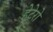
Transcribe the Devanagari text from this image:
हेटेरो